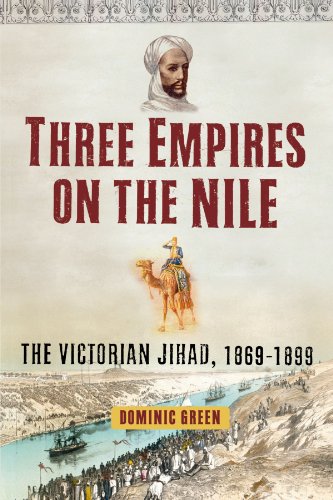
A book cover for Three Empires on the Nile: The Victorian Jihad, 1869-1899; Dominic Green; History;